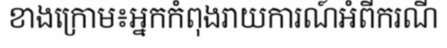
ខាងក្រោម៖អ្នកកំពុងរាយការណ៍អំពីករណី